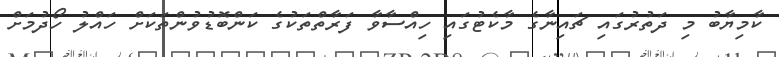
ކާމިޔާބު މި ދަތުރުގައި ޗައިނާގެ މާކެޓުގައި ހިއްސާވާ ފަރާތްތަކުގެ ކަންބޮޑުވުންތަކަށް ހައްލު ހޯދުމަށް